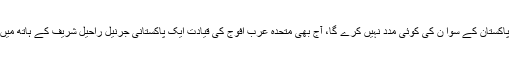
مگر پاکستان کے سوا ن کی کوئی مدد نہیں کرے گا، آج بھی متحدہ عرب افوج کی قیادت ایک پاکستانی جرنیل راحیل شریف کے ہاتھ میں ہے۔